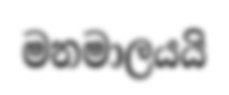
මනමාලයයි